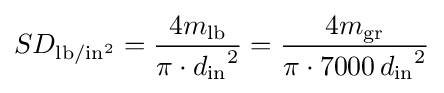
SD_{{\text{lb}}/{\text{in}}^{2}}={\frac {4m_{\text{lb}}}{{\pi \cdot d_{\text{in}}}^{2}}}={\frac {4m_{\text{gr}}}{\pi \cdot 7000\,{d_{\text{in}}}^{2}}}